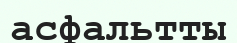
асфальтты